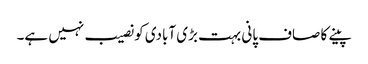
پینے کا صاف پانی بہت بڑی آبادی کو نصیب نہیں ہے۔